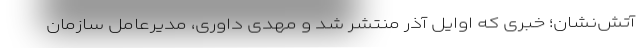
آتش‌نشان؛ خبری که اوایل آذر منتشر شد و مهدی داوری، مدیرعامل سازمان